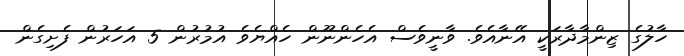
ހާލުގެ ޒިންމާދާރަކީ އޭނާއެވެ. ވާނީވެސް އެހެންނޫން ހެއްޔެވެ އުމުރުން 5 އަހަރުން ފެށިގެން